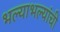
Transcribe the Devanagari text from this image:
भल्याभल्यांची